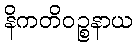
နိကတိဝဉ္စနာယ